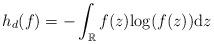
LaTeX: \begin{align*}h_{d}(f) = - \int_{\mathbb{R}} f(z) {\rm log} (f(z)) {\rm d}z\end{align*}